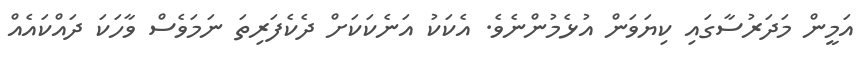
އަމީން މަދަރުސާގައި ކިޔަވަން އުޅެމުންނެވެ. އެކަކު އަނެކަކަށް ދެކެފަރިތަ ނަމަވެސް ވާހަކަ ދައްކައެއް